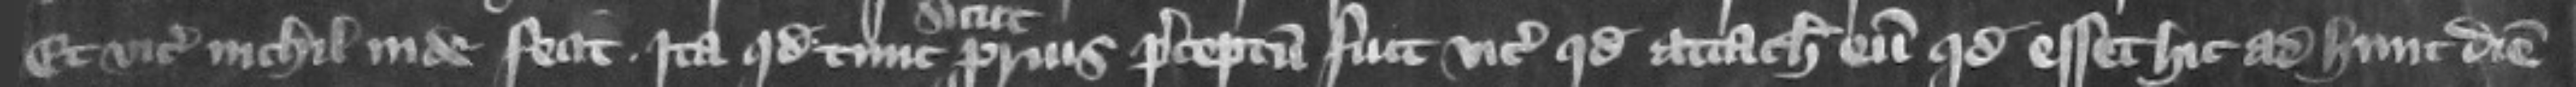
Et vicecomes nichil inde fecit. Ita quod tune sicut prius preceptum fuit vicecomiti quod attachiaret eum quod esset hic ad hunc diem